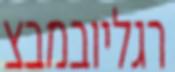
רגליובמבצ